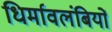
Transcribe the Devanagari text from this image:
धिर्मावलंबियों